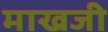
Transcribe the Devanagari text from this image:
माखजी